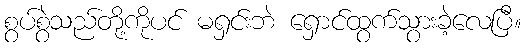
စွပ်စွဲသည်တို့ကိုပင် မရှင်းဘဲ ရှောင်ထွက်သွားခဲ့လေပြီ။